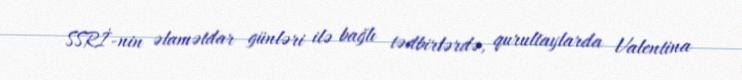
SSRİ-nin əlamətdar günləri ilə bağlı tədbirlərdə, qurultaylarda Valentina